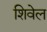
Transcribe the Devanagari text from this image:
शिवेल